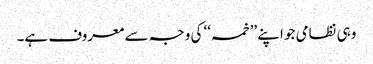
وہی نظامی جو اپنے ’’خمسہ‘‘ کی وجہ سے معروف ہے۔